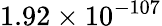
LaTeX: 1.92\times 10^{-107}